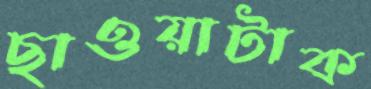
ছাওয়াটাক